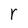
Character: r